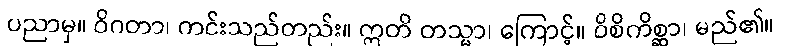
ပညာမှ။ ဝိဂတာ၊ ကင်းသည်တည်း။ ဣတိ တသ္မာ၊ ကြောင့်။ ဝိစိကိစ္ဆာ၊ မည်၏။